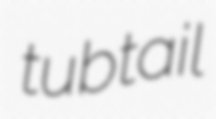
tubtail